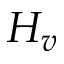
H _ { v }